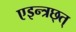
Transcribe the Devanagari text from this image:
एइन्त्रछ्त्